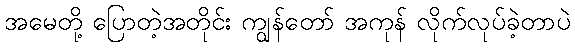
အမေတို့ ပြောတဲ့အတိုင်း ကျွန်တော် အကုန် လိုက်လုပ်ခဲ့တာပဲ